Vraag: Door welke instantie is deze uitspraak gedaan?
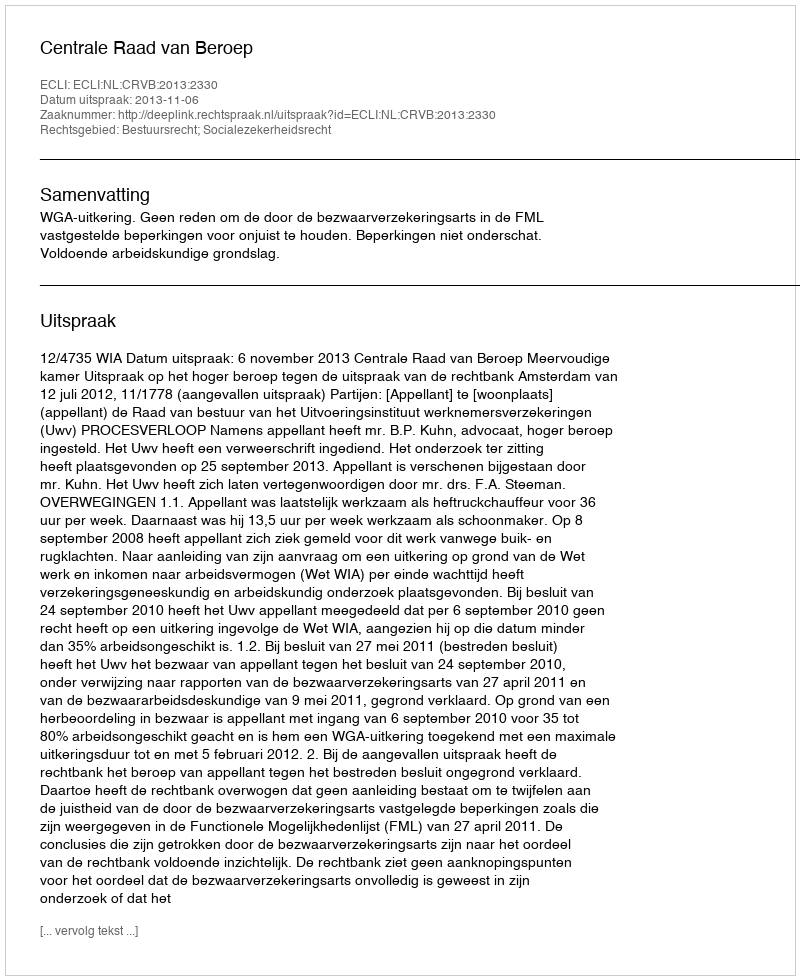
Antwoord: Centrale Raad van Beroep